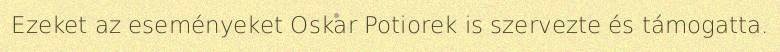
Ezeket az eseményeket Oskar Potiorek is szervezte és támogatta.